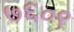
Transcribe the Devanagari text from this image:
७६०९